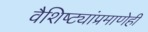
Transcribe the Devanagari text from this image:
वैशिष्ट्यांप्रमाणेही